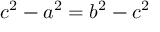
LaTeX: c ^ { 2 } - a ^ { 2 } = b ^ { 2 } - c ^ { 2 }